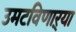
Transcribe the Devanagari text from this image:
उमटविणाऱ्या